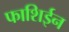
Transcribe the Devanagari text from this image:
फाशिईन